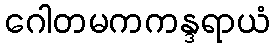
ဂေါတမကကန္ဒရာယံ